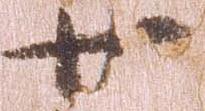
廿